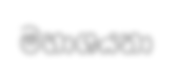
මහාශයනා